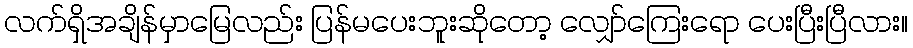
လက်ရှိအချိန်မှာမြေလည်း ပြန်မပေးဘူးဆိုတော့ လျှော်ကြေးရော ပေးပြီးပြီလား။